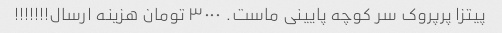
پیتزا پرپروک سر کوچه پایینی ماست. ۳۰۰۰ تومان هزینه ارسال!!!!!!!